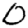
Digit: 0